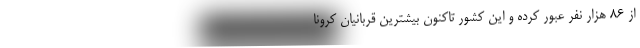
از ۸۶ هزار نفر عبور کرده و این کشور تاکنون بیشترین قربانیان کرونا